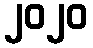
၂၀၂၀